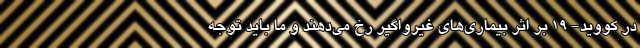
در کووید- ۱۹ بر اثر بیماری‌های غیرواگیر رخ می‌دهند و ما باید توجه